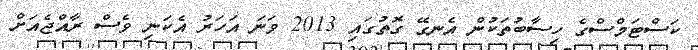
ކަސްޓަމްސްގެ ހިސާބުތަކުން އެނގޭ ގޮތުގައި 2013 ވަނަ އަހަރު އެކަނި ވެސް ރާއްޖެއަށް